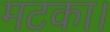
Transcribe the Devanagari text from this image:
मटका।